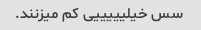
سس خیلیییییی کم میزنند.